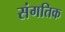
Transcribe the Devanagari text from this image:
संगतिक